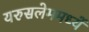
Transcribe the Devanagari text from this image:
यरुसलेममध्यें